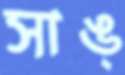
সাঙ্